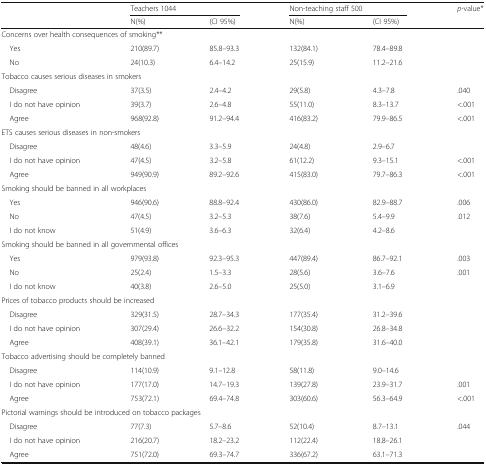
<table><thead><tr><td rowspan="2"></td><td colspan="2"><b>Teachers 1044</b></td><td colspan="2"><b>Non-teaching staff 500</b></td><td><b><i>p</i>-value*</b></td></tr><tr><td><b>N(%)</b></td><td><b>(CI 95%)</b></td><td><b>N(%)</b></td><td><b>(CI 95%)</b></td><td></td></tr></thead><tbody><tr><td colspan="6">Concerns over health consequences of smoking**</td></tr><tr><td> Yes</td><td>210(89.7)</td><td>85.8–93.3</td><td>132(84.1)</td><td>78.4–89.8</td><td></td></tr><tr><td> No</td><td>24(10.3)</td><td>6.4–14.2</td><td>25(15.9)</td><td>11.2–21.6</td><td></td></tr><tr><td colspan="6">Tobacco causes serious diseases in smokers</td></tr><tr><td> Disagree</td><td>37(3.5)</td><td>2.4–4.2</td><td>29(5.8)</td><td>4.3–7.8</td><td>.040</td></tr><tr><td> I do not have opinion</td><td>39(3.7)</td><td>2.6–4.8</td><td>55(11.0)</td><td>8.3–13.7</td><td>&lt;.001</td></tr><tr><td> Agree</td><td>968(92.8)</td><td>91.2–94.4</td><td>416(83.2)</td><td>79.9–86.5</td><td>&lt;.001</td></tr><tr><td colspan="6">ETS causes serious diseases in non-smokers</td></tr><tr><td> Disagree</td><td>48(4.6)</td><td>3.3–5.9</td><td>24(4.8)</td><td>2.9–6.7</td><td></td></tr><tr><td> I do not have opinion</td><td>47(4.5)</td><td>3.2–5.8</td><td>61(12.2)</td><td>9.3–15.1</td><td>&lt;.001</td></tr><tr><td> Agree</td><td>949(90.9)</td><td>89.2–92.6</td><td>415(83.0)</td><td>79.7–86.3</td><td>&lt;.001</td></tr><tr><td colspan="6">Smoking should be banned in all workplaces</td></tr><tr><td> Yes</td><td>946(90.6)</td><td>88.8–92.4</td><td>430(86.0)</td><td>82.9–88.7</td><td>.006</td></tr><tr><td> No</td><td>47(4.5)</td><td>3.2–5.3</td><td>38(7.6)</td><td>5.4–9.9</td><td>.012</td></tr><tr><td> I do not know</td><td>51(4.9)</td><td>3.6–6.3</td><td>32(6.4)</td><td>4.2–8.6</td><td></td></tr><tr><td colspan="6">Smoking should be banned in all governmental offices</td></tr><tr><td> Yes</td><td>979(93.8)</td><td>92.3–95.3</td><td>447(89.4)</td><td>86.7–92.1</td><td>.003</td></tr><tr><td> No</td><td>25(2.4)</td><td>1.5–3.3</td><td>28(5.6)</td><td>3.6–7.6</td><td>.001</td></tr><tr><td> I do not know</td><td>40(3.8)</td><td>2.6–5.0</td><td>25(5.0)</td><td>3.1–6.9</td><td></td></tr><tr><td colspan="6">Prices of tobacco products should be increased</td></tr><tr><td> Disagree</td><td>329(31.5)</td><td>28.7–34.3</td><td>177(35.4)</td><td>31.2–39.6</td><td></td></tr><tr><td> I do not have opinion</td><td>307(29.4)</td><td>26.6–32.2</td><td>154(30.8)</td><td>26.8–34.8</td><td></td></tr><tr><td> Agree</td><td>408(39.1)</td><td>36.1–42.1</td><td>179(35.8)</td><td>31.6–40.0</td><td></td></tr><tr><td colspan="6">Tobacco advertising should be completely banned</td></tr><tr><td> Disagree</td><td>114(10.9)</td><td>9.1–12.8</td><td>58(11.8)</td><td>9.0–14.6</td><td></td></tr><tr><td> I do not have opinion</td><td>177(17.0)</td><td>14.7–19.3</td><td>139(27.8)</td><td>23.9–31.7</td><td>.001</td></tr><tr><td> Agree</td><td>753(72.1)</td><td>69.4–74.8</td><td>303(60.6)</td><td>56.3–64.9</td><td>&lt;.001</td></tr><tr><td colspan="6">Pictorial warnings should be introduced on tobacco packages</td></tr><tr><td> Disagree</td><td>77(7.3)</td><td>5.7–8.6</td><td>52(10.4)</td><td>8.7–13.1</td><td>.044</td></tr><tr><td> I do not have opinion</td><td>216(20.7)</td><td>18.2–23.2</td><td>112(22.4)</td><td>18.8–26.1</td><td></td></tr><tr><td> Agree</td><td>751(72.0)</td><td>69.3–74.7</td><td>336(67.2)</td><td>63.1–71.3</td><td></td></tr></tbody></table>